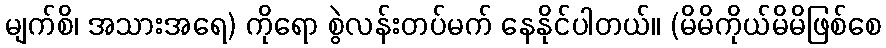
မျက်စိ၊ အသားအရေ) ကိုရော စွဲလန်းတပ်မက် နေနိုင်ပါတယ်။ (မိမိကိုယ်မိမိဖြစ်စေ